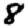
Digit: 8